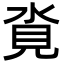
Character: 𪶂